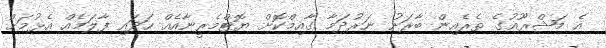
އެ މަޝްރޫއުގެ ތެރެއިން ބާރަށު ނަރުދަމާ ގާއިމްކޮށް ޔޮޓްމެރީނާއެއް ހަދައި ފާލަމެއް އެޅުމަށް